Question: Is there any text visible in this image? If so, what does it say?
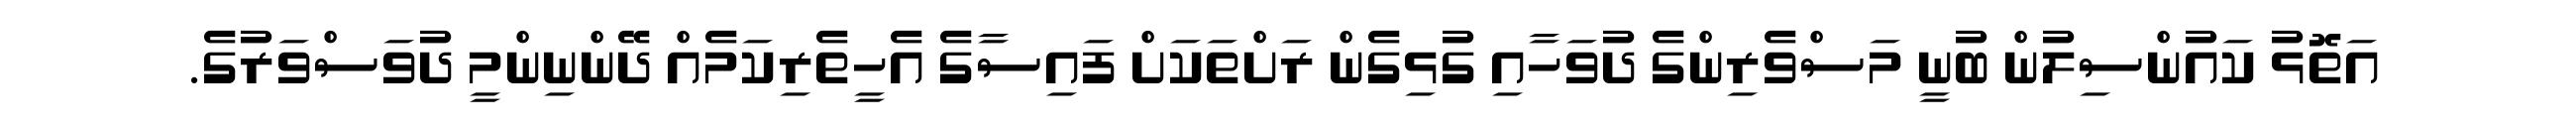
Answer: އަތޮޅު ކައުންސިލުން ބުނީ މަސްވެރިންގެ ދުވަހާއި ގުޅިގެން ރަށްތަކަށް ފައިސާގެ އެހީތެރިކަމެއް ދޭންނިންމީ ދުވަސްވަރުގެ.